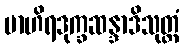
ဗာဟိရဒုက္ခဆန္ဒာဒိသုတ္တံ